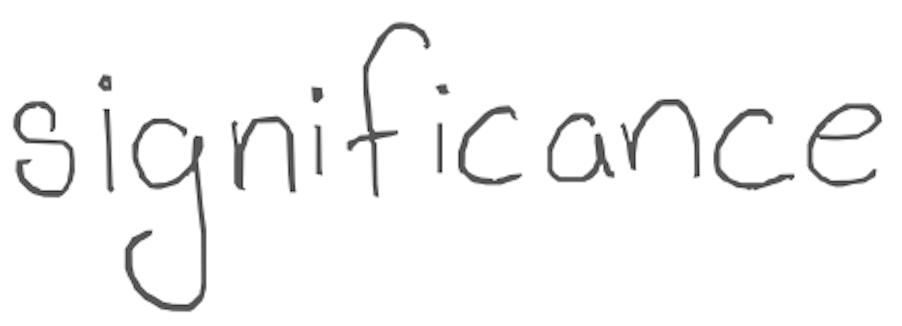
Text: significance
Cross-out: clean
Writing tool: digital_gray